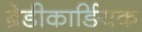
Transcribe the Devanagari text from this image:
ब्रेडीकार्डियक